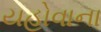
યહોવાના